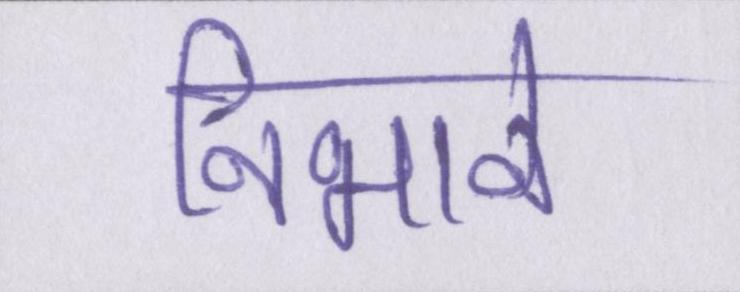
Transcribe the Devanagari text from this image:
निभाने